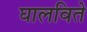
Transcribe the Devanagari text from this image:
घालविते